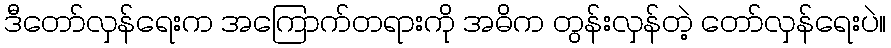
ဒီတော်လှန်ရေးက အကြောက်တရားကို အဓိက တွန်းလှန်တဲ့ တော်လှန်ရေးပဲ။